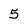
Character: 5